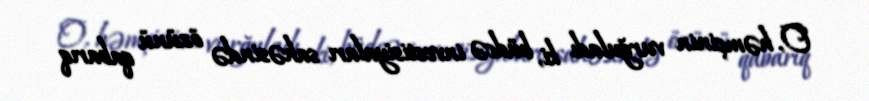
O, həmçinin vurğuladı ki, büdcə investisiyaları sahəsində özünü qabarıq